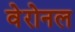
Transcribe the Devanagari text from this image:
वेरोनल